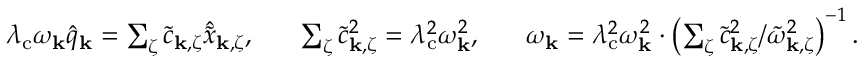
\begin{array} { r } { \lambda _ { \mathrm { c } } \omega _ { \mathbf { k } } \hat { q } _ { \mathbf { k } } = \sum _ { \zeta } \tilde { c } _ { { \bf k } , \zeta } \hat { \tilde { x } } _ { { \bf k } , \zeta } , ~ ~ ~ ~ ~ \sum _ { \zeta } \tilde { c } _ { { \bf k } , \zeta } ^ { 2 } = \lambda _ { \mathrm { c } } ^ { 2 } \omega _ { \mathbf { k } } ^ { 2 } , ~ ~ ~ ~ ~ \omega _ { \mathbf { k } } = \lambda _ { \mathrm { c } } ^ { 2 } \omega _ { \mathbf { k } } ^ { 2 } \cdot \left( \sum _ { \zeta } \tilde { c } _ { { \bf k } , \zeta } ^ { 2 } / \tilde { \omega } _ { { \bf k } , \zeta } ^ { 2 } \right) ^ { - 1 } . } \end{array}